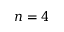
n = 4